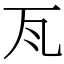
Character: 𭺛